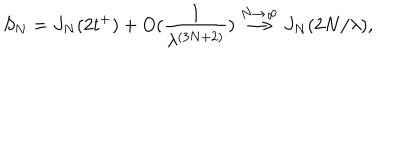
LaTeX: S _ { N } = J _ { N } ( 2 t ^ { + } ) + O ( \frac { 1 } { \lambda ^ { ( 3 N + 2 ) } } ) \stackrel { N \rightarrow \infty } { \longrightarrow } J _ { N } ( 2 N / \lambda ) ,